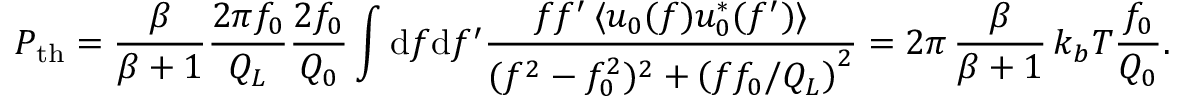
P _ { \mathrm { t h } } = \frac { \beta } { \beta + 1 } \frac { 2 \pi f _ { 0 } } { Q _ { L } } \frac { 2 f _ { 0 } } { Q _ { 0 } } \int \mathrm { d } f \mathrm { d } f ^ { \prime } \frac { f f ^ { \prime } \, \langle u _ { 0 } ( f ) u _ { 0 } ^ { * } ( f ^ { \prime } ) \rangle } { ( f ^ { 2 } - f _ { 0 } ^ { 2 } ) ^ { 2 } + \left( f f _ { 0 } / Q _ { L } \right) ^ { 2 } } = 2 \pi \, \frac { \beta } { \beta + 1 } \, k _ { b } T \frac { f _ { 0 } } { Q _ { 0 } } .